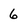
Character: 6